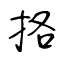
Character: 挌